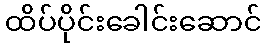
ထိပ်ပိုင်းခေါင်းဆောင်